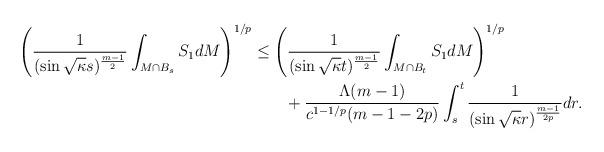
LaTeX: \begin{align*}\left(\dfrac{1}{(\sin \sqrt{\kappa}s)^{\frac{m-1}{2}}}\int_{M\cap B_s}S_1dM\right)^{1/p}&\leq\left(\dfrac{1}{(\sin \sqrt{\kappa}t)^{\frac{m-1}{2}}}\int_{M\cap B_t}S_1dM\right)^{1/p}\\&\qquad+ \frac{\Lambda(m-1)}{c^{1-1/p}(m-1-2p)}\int_s^t\frac{1}{(\sin \sqrt{\kappa}r)^{\frac{m-1}{2p}}}dr.\end{align*}